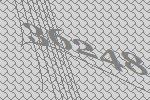
36248